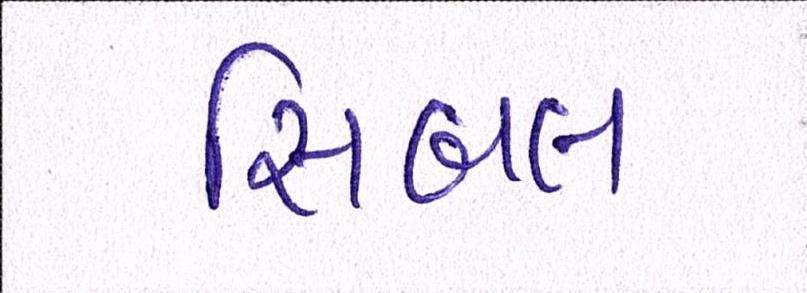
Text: સિબલ